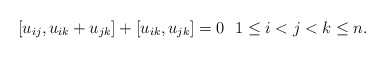
\begin{gather*}[u_{ij},u_{ik}+u_{jk}]+[u_{ik},u_{jk}]=0 \ \ 1 \le i < j < k \le n.\end{gather*}